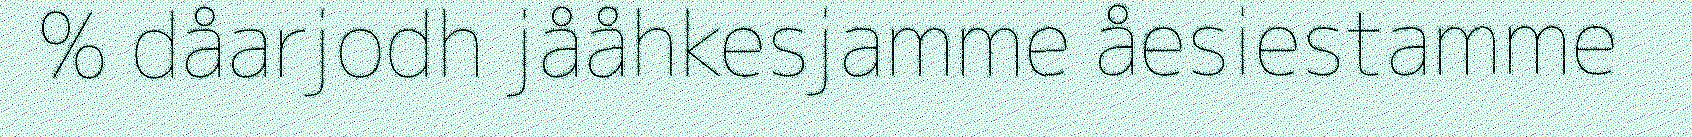
% dåarjodh jååhkesjamme åesiestamme